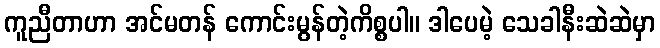
ကူညီတာဟာ အင်မတန် ကောင်းမွန်တဲ့ကိစ္စပါ။ ဒါပေမဲ့ သေခါနီးဆဲဆဲမှာ